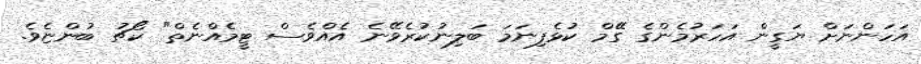
އަހަންނަށް ޔަގީން އަހަރުމެންގެ ގޭމް ކުޅެފިނަމަ ބަލިނުކުރެވޭނެ އެއްވެސް ޓީމެއްނެތް" ކޯޗު ބުންޏެވެ.